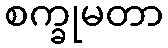
စက္ခုမတာ